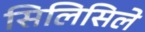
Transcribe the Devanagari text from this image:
सिलिसिले